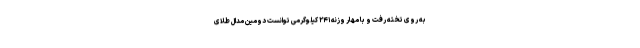
به روی تخته رفت و با مهار وزنه ۲۴۱ کیلوگرمی توانست دومین مدال طلای